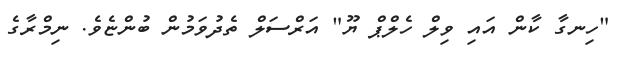
"ހިނގާ ކާން އައި ވިލް ހެލްޕް ޔޫ" އަރްސަލް ތެދުވަމުން ބުންޏެވެ. ނިމްރާގެ